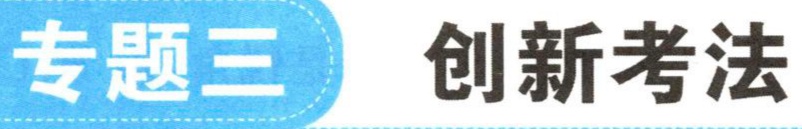
专题三 创新考法